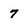
Character: 7